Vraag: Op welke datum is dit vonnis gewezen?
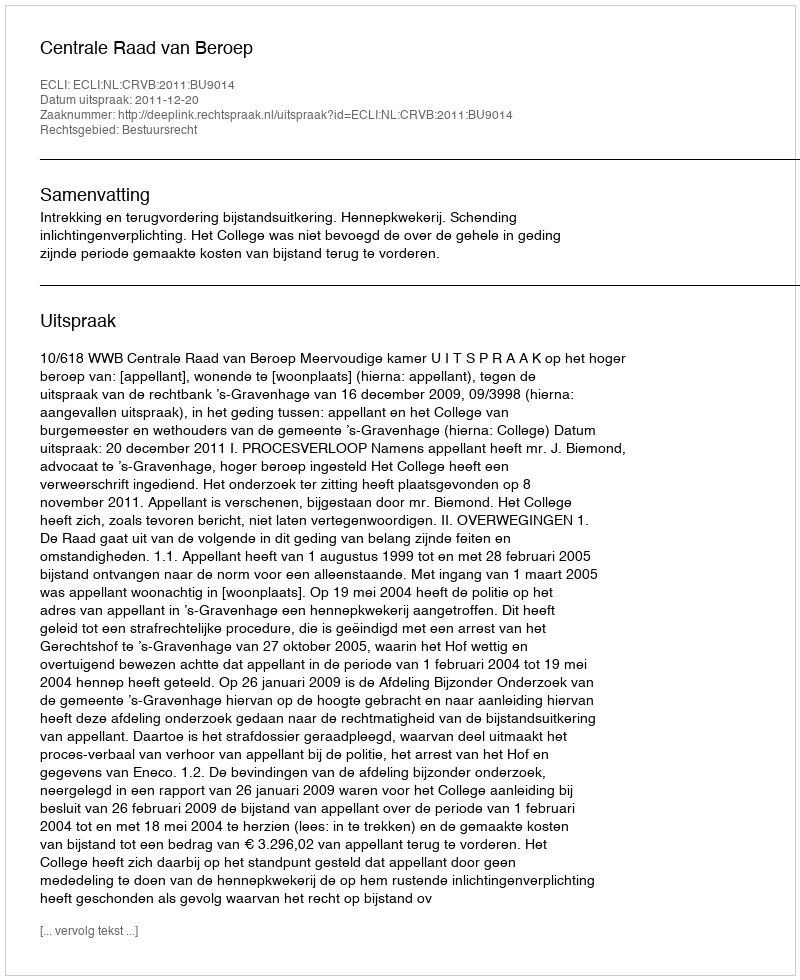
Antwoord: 2011-12-20